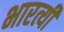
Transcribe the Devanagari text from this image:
भारत्यी